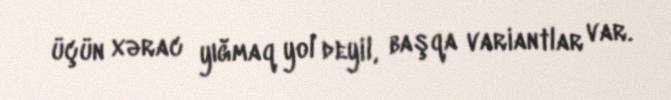
üçün xərac yığmaq yol deyil, başqa variantlar var.